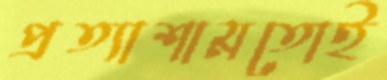
প্রত্যাশামতোই